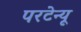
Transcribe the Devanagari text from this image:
परटेन्यू